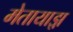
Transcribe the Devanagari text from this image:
मेतायाझ़